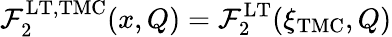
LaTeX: \mathcal{F}_{2}^{\mathrm{{LT,TMC}}}(x,Q)=\mathcal{F}_{2}^{\mathrm{{LT}}}(\xi_{\mathrm{{TMC}}},Q)